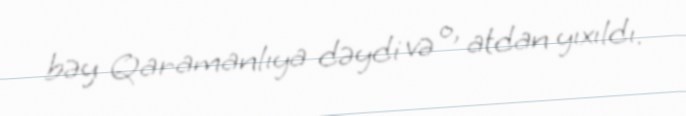
bəy Qaramanlıya dəydi və o, atdan yıxıldı.